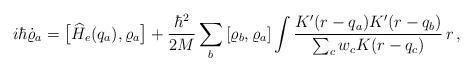
LaTeX: \begin{align*}i\hbar\dot{\varrho}_a = \big[\widehat{H}_e(q_a),{\varrho}_a\big]+\frac{\hbar^2}{2M} \sum_{b} \left[{\varrho_b},{\varrho}_a\right] { \int \frac{ K'(r-q_a)K'(r-q_b)}{\sum_{c} w_c K(r-q_c)} \,r }\,,\end{align*}